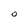
Character: O